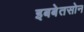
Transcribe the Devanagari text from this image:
इबबेतसोन